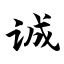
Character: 诚